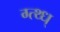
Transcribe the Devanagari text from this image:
ग्त्थ्ध्